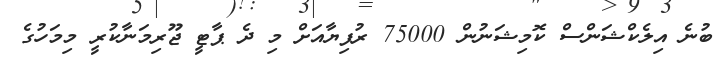
ބުނެ އިލެކްޝަންސް ކޮމިޝަނުން 75000 ރުފިޔާއަށް މި ދެ ޕާޓީ ޖޫރިމަނާކުރީ މިމަހުގެ